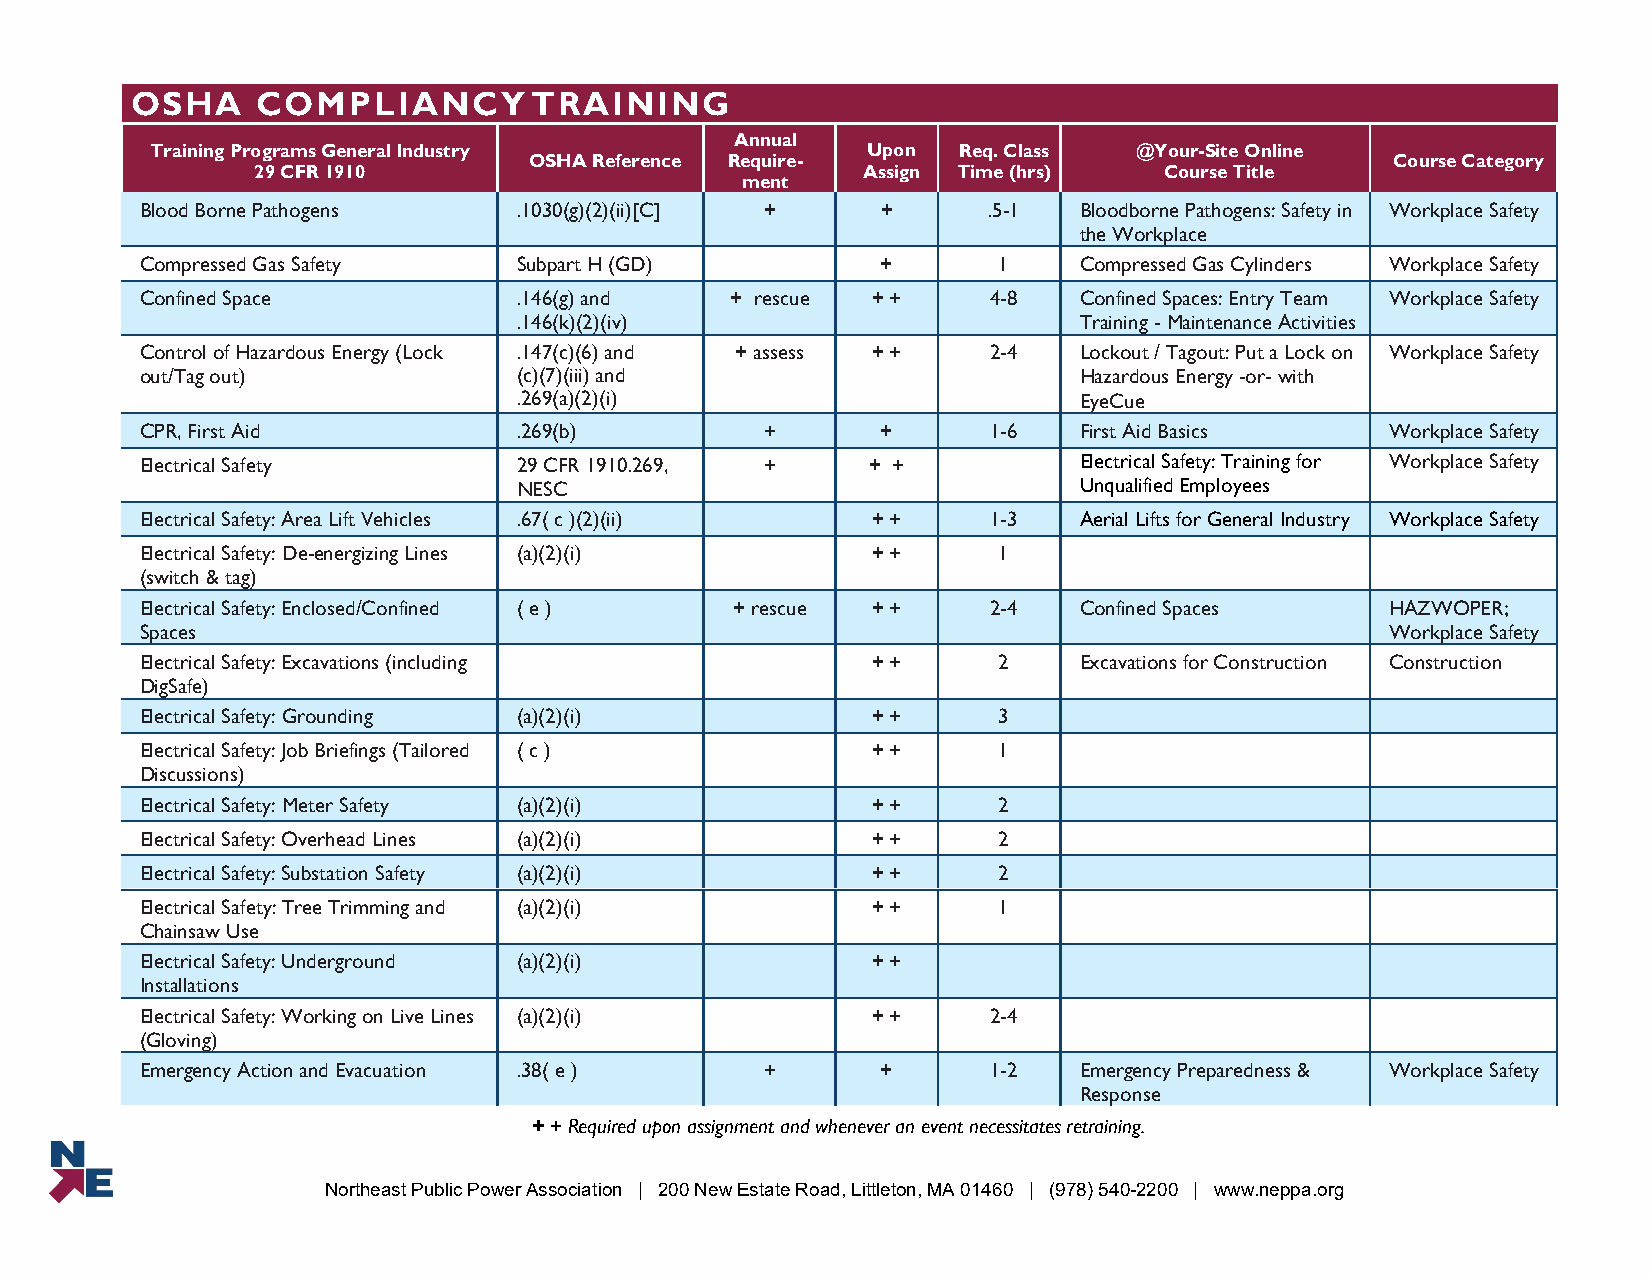
OSHA    COMPLIANCY        TRAINING
 Annual
 Training Programs General Industry             Upon  Req. Class  @Your-Site Online
 OSHA Reference Require-                                  Course Category
 29 CFR 1910                             Assign Time (hrs)   Course Title
 ment
 Blood Borne Pathogens    .1030(g)(2)(ii)[C] +    +      .5-1  Bloodborne Pathogens: Safety in Workplace Safety
 the Workplace
 Compressed Gas Safety    Subpart H (GD)          +       1    Compressed Gas Cylinders Workplace Safety
 Confined Space           .146(g) and   + rescue  + +    4-8   Confined Spaces: Entry Team Workplace Safety
 .146(k)(2)(iv)                       Training - Maintenance Activities
 Control of Hazardous Energy (Lock .147(c)(6) and + assess + + 2-4 Lockout / Tagout: Put a Lock on Workplace Safety
 out/Tag out)             (c)(7)(iii) and                      Hazardous Energy -or- with
 .269(a)(2)(i)                        EyeCue
 CPR, First Aid           .269(b)          +      +      1-6   First Aid Basics     Workplace Safety
 Electrical Safety        29 CFR 1910.269, +     + +           Electrical Safety: Training for Workplace Safety
 NESC                                 Unqualified Employees
 Electrical Safety: Area Lift Vehicles .67( c )(2)(ii) + + 1-3 Aerial Lifts for General Industry Workplace Safety
 Electrical Safety: De-energizing Lines (a)(2)(i) + +     1
 (switch & tag)
 Electrical Safety: Enclosed/Confined ( e ) + rescue + + 2-4   Confined Spaces      HAZWOPER;
 Spaces                                                                             Workplace Safety
 Electrical Safety: Excavations (including        + +     2    Excavations for Construction Construction
 DigSafe)
 Electrical Safety: Grounding (a)(2)(i)           + +     3
 Electrical Safety: Job Briefings (Tailored ( c ) + +     1
 Discussions)
 Electrical Safety: Meter Safety (a)(2)(i)        + +     2
 Electrical Safety: Overhead Lines (a)(2)(i)      + +     2
 Electrical Safety: Substation Safety (a)(2)(i)   + +     2
 Electrical Safety: Tree Trimming and (a)(2)(i)   + +     1
 Chainsaw Use
 Electrical Safety: Underground (a)(2)(i)         + +
 Installations
 Electrical Safety: Working on Live Lines (a)(2)(i) + +  2-4
 (Gloving)
 Emergency Action and Evacuation .38( e )  +      +      1-2   Emergency Preparedness & Workplace Safety
 Response
 + + Required upon assignment and whenever an event necessitates retraining.
 Northeast Public Power Association | 200 New Estate Road, Littleton, MA 01460 | (978) 540-2200 | www.neppa.org